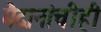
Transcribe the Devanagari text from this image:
मैदानांचीही